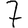
Digit: 7